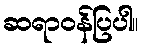
ဆရာဝန်ပြပါ။